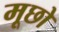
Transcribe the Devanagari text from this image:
मूछो